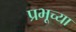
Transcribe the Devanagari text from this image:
प्रभूच्या